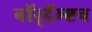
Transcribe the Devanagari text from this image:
नॉर्‌दॅम्प्टन